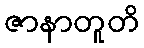
ဇာနာတူတိ